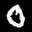
Label: 0